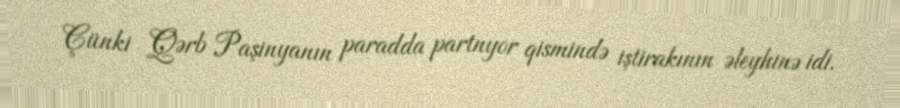
Çünki Qərb Paşinyanın paradda partnyor qismində iştirakının əleyhinə idi.